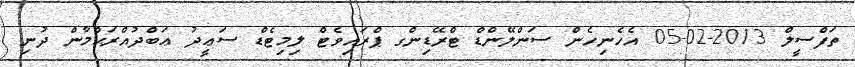
ތަފްސީލް 2013-02-05 އެހެނިހެން ސަންލޭންޑް ޓްރޭޑިންގ ޕްރައިވެޓް ލިމިޓެޑް ސަޢީދު ޢަބްދުއްރަޙްމާން ދުނި